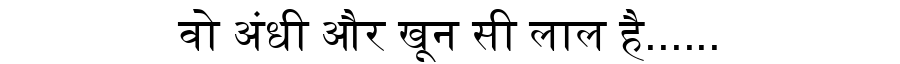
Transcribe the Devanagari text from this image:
वो अंधी और खून सी लाल है......